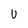
Character: U